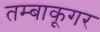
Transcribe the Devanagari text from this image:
तम्बाकूगर